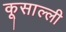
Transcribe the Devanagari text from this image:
कूसाल्ली